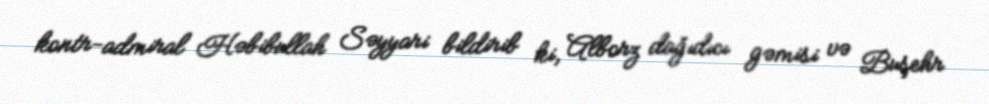
kontr-admiral Həbibullah Səyyari bildirib ki, Alborz dağıdıcı gəmisi və Buşehr